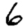
Digit: 6